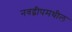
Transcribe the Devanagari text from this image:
नवद्वीपमधील